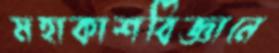
মহাকাশবিজ্ঞানে